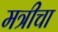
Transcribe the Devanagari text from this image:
मत्रीचा